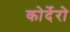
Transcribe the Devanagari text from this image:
कोर्देरो